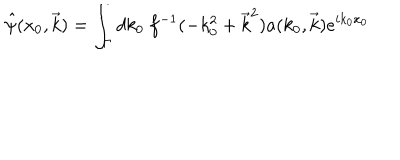
LaTeX: \hat { \psi } ( x _ { 0 } , \vec { k } ) = \int _ { \Gamma } d k _ { 0 } ~ f ^ { - 1 } ( - k _ { 0 } ^ { 2 } + \vec { k } ^ { 2 } ) a ( k _ { 0 } , \vec { k } ) e ^ { i k _ { 0 } x _ { 0 } }